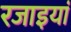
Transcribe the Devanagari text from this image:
रजाइयां